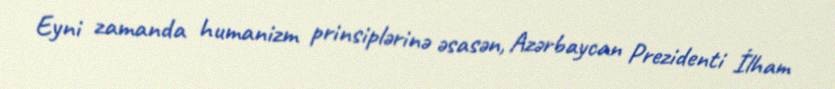
Eyni zamanda humanizm prinsiplərinə əsasən, Azərbaycan Prezidenti İlham